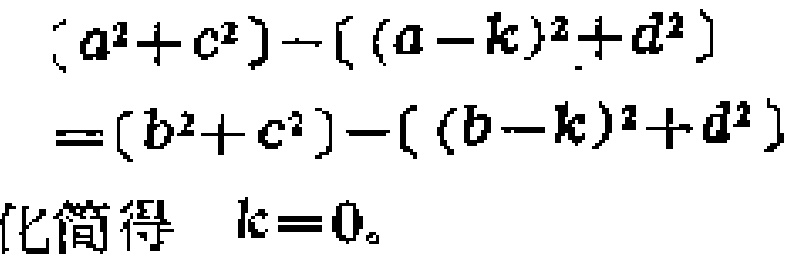
\[
\begin{align*}
&(a^{2}+c^{2})-((a - k)^{2}+d^{2})\\
=&(b^{2}+c^{2})-((b - k)^{2}+d^{2})\\
\end{align*}
\]
化简得 \( kc = 0\)。